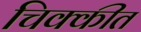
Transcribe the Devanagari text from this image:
चिक्कीत